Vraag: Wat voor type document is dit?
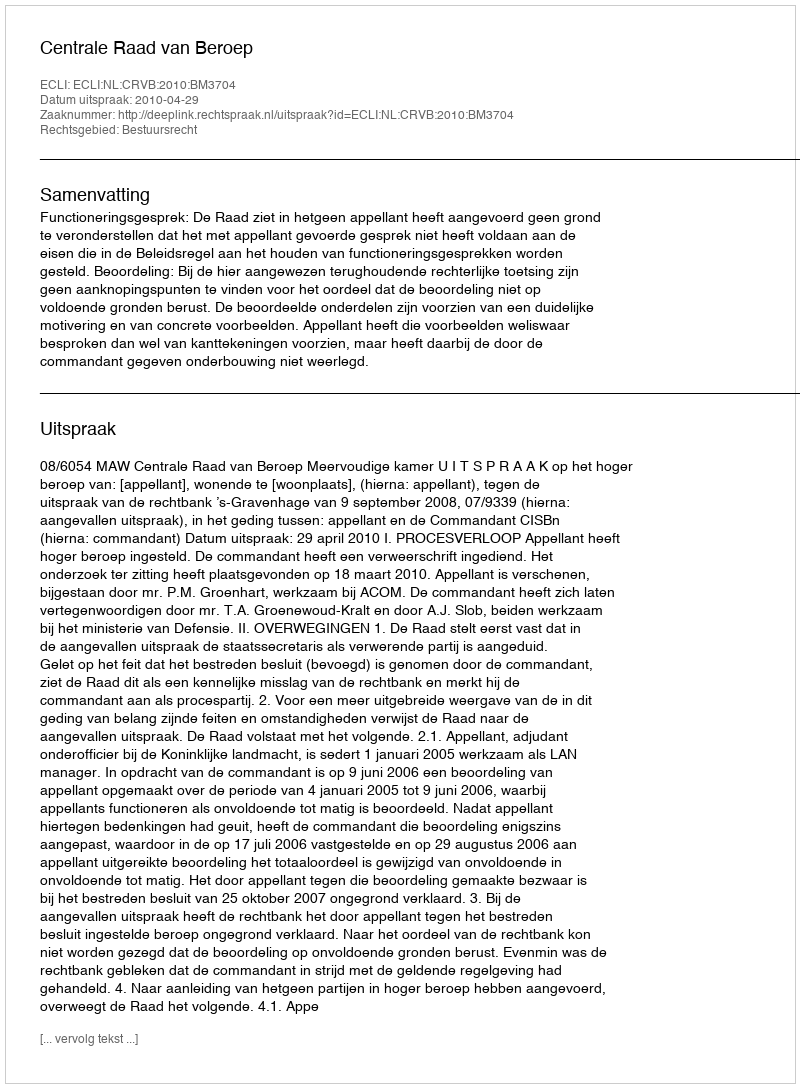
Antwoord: Uitspraak